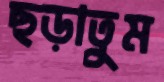
ছড়াতুম